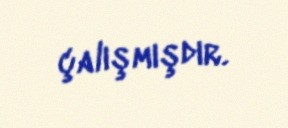
çalışmışdır.